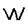
Character: W